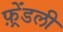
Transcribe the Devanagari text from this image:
फ़्रेंडली